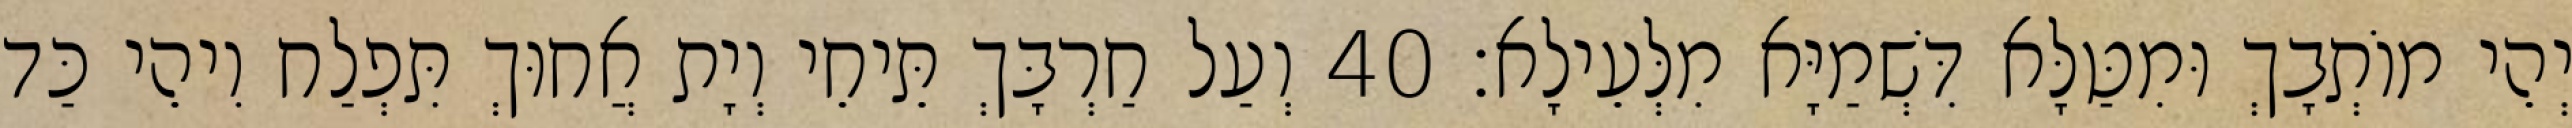
יְהֵי מוֹתְבָךְ וּמִטַּלָּא דִּשְׁמַיָּא מִלְּעֵילָא׃ 40 וְעַל חַרְבָּךְ תֵּיחֵי וְיָת אֲחוּךְ תִּפְלַח וִיהֵי כַּד